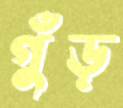
গুঁড়